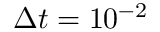
\Delta t = 1 0 ^ { - 2 }